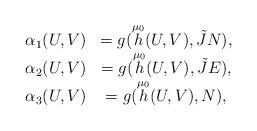
LaTeX: \begin{align*}\begin{array}{cc}\alpha _{1}(U,V) & =g(\overset{\mu _{0}}{h}(U,V),\tilde{J}N), \\ \alpha _{2}(U,V) & =g(\overset{\mu _{0}}{h}(U,V),\tilde{J}E), \\ \alpha _{3}(U,V) & =g(\overset{\mu _{0}}{h}(U,V),N),\end{array}\end{align*}